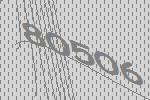
80506